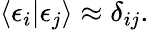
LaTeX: \langle\epsilon_{i}|\epsilon_{j}\rangle\approx\delta_{ij}.